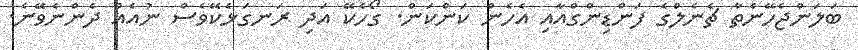
ބަލަންޖެހޭނެތާ ޗެނެލްގެ ފަންޑިންގްއާއި އެހެން ކަންކަން. ގޯހެކޭ އަދި ރަނގަޅެކޭވެސް ނުއެއް ދެންނެވޭނެ.